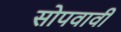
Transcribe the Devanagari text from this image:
सोपवावी